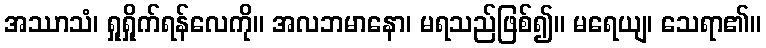
အဿာသံ၊ ရှုရှိုက်ရန်လေကို။ အလဘမာနော၊ မရသည်ဖြစ်၍။ မရေယျ၊ သေရာ၏။